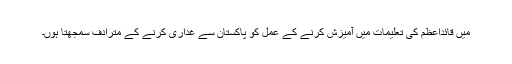
میں قائداعظمؒ کی تعلیمات میں آمیزش کرنے کے عمل کو پاکستان سے غداری کرنے کے مترادف سمجھتا ہوں۔